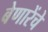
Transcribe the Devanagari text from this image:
बेणारेंचे